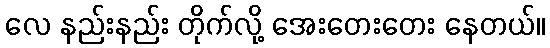
လေ နည်းနည်း တိုက်လို့ အေးတေးတေး နေတယ်။